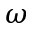
\boldsymbol { \omega }